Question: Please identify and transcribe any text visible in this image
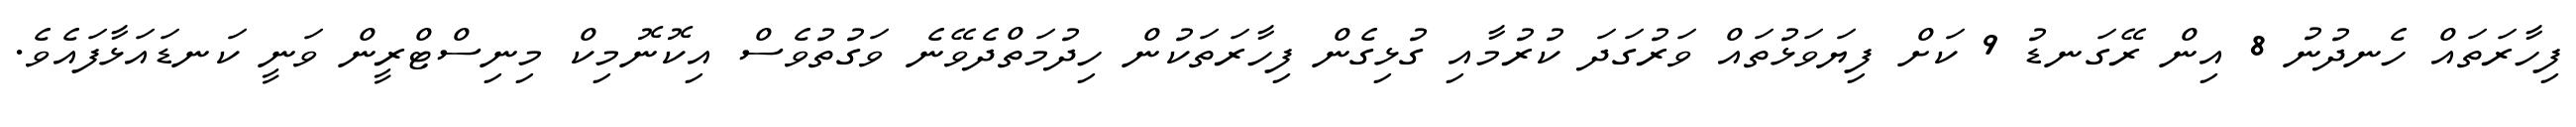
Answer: ފިހާރަތައް ހެނދުނު 8 އިން ރޭގަނޑު 9 ކަށް ފިޔަވަޅުތައް ވަރުގަދަ ކުރުމާއި ގުޅިގެން ފިހާރަތަކުން ހިދުމަތްދެވޭނެ ވަގުތުވެސް އިކޮނޮމިކް މިނިސްޓްރީން ވަނީ ކަނޑައަޅާފައެވެ.